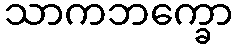
သာကဘက္ခော